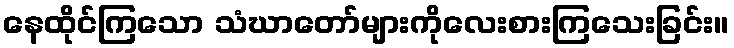
နေထိုင်ကြသော သံဃာတော်များကိုလေးစားကြသေးခြင်း။